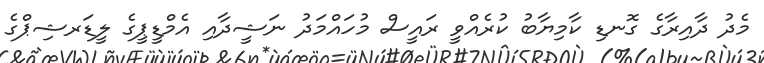
މެދު ދާއިރާގެ ގޮނޑި ކާމިޔާބު ކުރެއްވީ ރައީސް މުހައްމަދު ނަޝީދާއި އެމްޑީޕީގެ ލީޑަރޝިޕްގެ